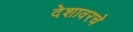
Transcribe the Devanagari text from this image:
देशावरचे